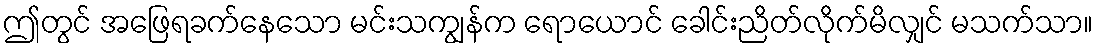
ဤတွင် အဖြေရခက်နေသော မင်းသကျွန်က ရောယောင် ခေါင်းညိတ်လိုက်မိလျှင် မသက်သာ။